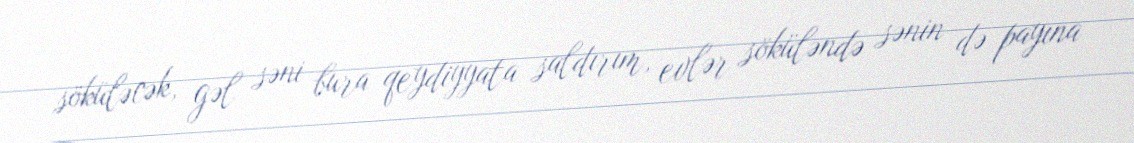
söküləcək, gəl səni bura qeydiyyata saldırım, evlər söküləndə sənin də payına